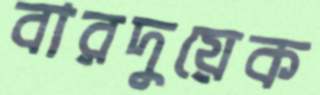
বারদুয়েক